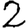
Digit: 2